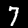
Digit: 7